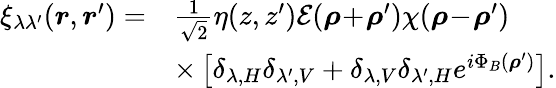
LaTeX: \begin{array}{rl}{\xi_{\lambda\lambda^{\prime}}(\boldsymbol{r},\boldsymbol{r}^{\prime})=}&{\frac{1}{\sqrt{2}}\eta(z,z^{\prime})\mathcal{E}(\boldsymbol{\rho}\! +\! \boldsymbol{\rho}^{\prime})\chi(\boldsymbol{\rho}\! -\! \boldsymbol{\rho}^{\prime})}\\ &{\times\left[\delta_{\lambda,H}\delta_{\lambda^{\prime},V}+\delta_{\lambda,V}\delta_{\lambda^{\prime},H}e^{i\Phi_{B}(\boldsymbol{\rho}^{\prime})}\right].}\end{array}